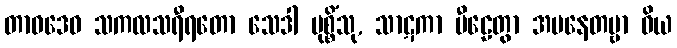
တာဝဒေဝ သကလသရီရတော သေဒါ မုစ္စိံသု, သာဋကာ ပီဠေတွာ အပနေတဗ္ဗာ ဝိယ